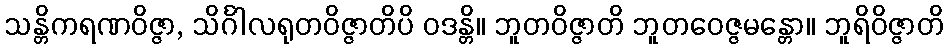
သန္တိကရဏဝိဇ္ဇာ, သိင်္ဂါလရုတဝိဇ္ဇာတိပိ ဝဒန္တိ။ ဘူတဝိဇ္ဇာတိ ဘူတဝေဇ္ဇမန္တော။ ဘူရိဝိဇ္ဇာတိ